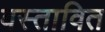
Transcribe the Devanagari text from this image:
बस्तावित